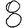
Digit: 8